Lunatic asylums Central Provinces reports 1895-1909 - 1895-1909
Year: 1895
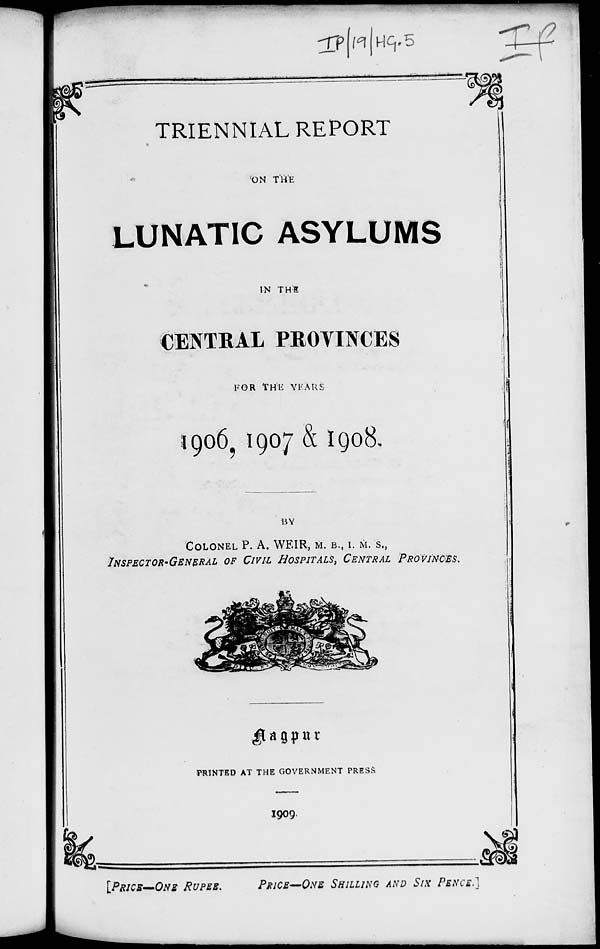
TRIENNIAL REPORT
ON THE
LUNATIC ASYLUMS
IN THE
CENTRAL PROVINCES
FOR THE YEARS
1906, 1907 & 1908.
BY
COLONEL P. A. WEIR, M. B., I. M. S.,
INSPECTOR-GENERAL OF CIVIL HOSPITALS, CENTRAL PROVINCES.
Nagpur
PRINTED AT THE GOVERNMENT PRESS
1909.
[PRICE-ONE RUPEE. PRICE-ONE SHILLING AND SIX PENCE.]